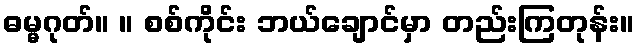
ဓမ္မဂုတ်။ ။ စစ်ကိုင်း ဘယ်ချောင်မှာ တည်းကြတုန်း။